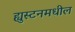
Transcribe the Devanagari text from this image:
ह्युस्टनमधील